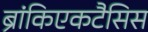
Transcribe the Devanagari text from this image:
ब्रांकिएकटैसिस